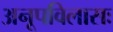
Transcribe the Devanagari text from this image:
अनूपविलासः